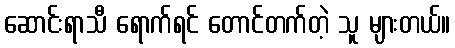
ဆောင်းရာသီ ရောက်ရင် တောင်တက်တဲ့ သူ များတယ်။